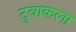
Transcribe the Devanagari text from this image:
टुवाकला